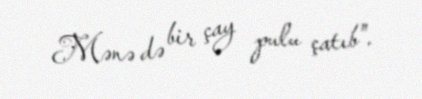
Mənə də bir çay pulu çatıb".